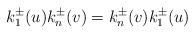
LaTeX: \begin{align*}k_{1}^{\pm}(u)k_{n}^{\pm}(v)=k_{n}^{\pm}(v)k_{1}^{\pm}(u)\end{align*}